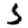
Digit: 5